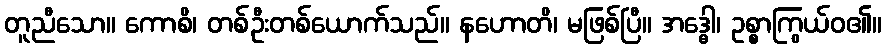
တူညီသော။ ကောစိ၊ တစ်ဦးတစ်ယောက်သည်။ နဟောတိ၊ မဖြစ်ပြီ။ အဒ္ဓေါ၊ ဥစ္စာကြွယ်ဝ၏။